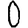
Digit: 0